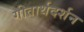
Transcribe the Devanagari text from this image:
गीतार्थदर्शन